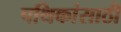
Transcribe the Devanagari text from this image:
पथिकांसाठी